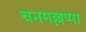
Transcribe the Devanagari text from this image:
चनमल्लप्पा